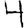
Digit: 4